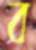
ব